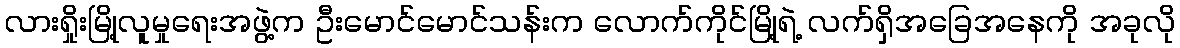
လားရှိုးမြို့လူမှုရေးအဖွဲ့က ဦးမောင်မောင်သန်းက လောက်ကိုင်မြို့ရဲ့ လက်ရှိအခြေအနေကို အခုလို